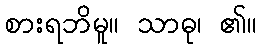
စားရဘိမူ။ သာဓု၊ ၏။